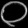
Digit: ၀